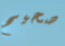
صحيح